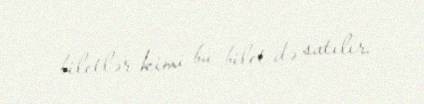
biletlər kimi bu bilet də satılır.